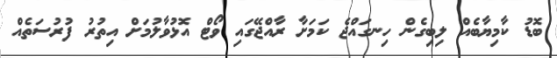
ބޮޑު ކާމިޔާބެއް ލިބިގެން ހިނގައްޖެ ކަމަށާ ރާއްޖޭގައި ވޯޓް އޮޅުވާލުމަށް އިތުރު ފުރުސަތެއް